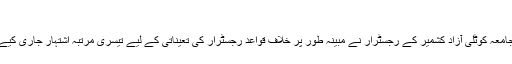
فہیم غضنفر
اسلام آباد (ورلڈ ویوز اردو/راجہ قیصر ایوب) جامعہ کوٹلی آزاد کشمیر کے رجسٹرار نے مبینہ طور پر خلاف قواعد رجسٹرار کی تعیناتی کے لیے تیسری مرتبہ اشتہار جاری کیے جانے کے معاملے پر راہ فرار اختیار کرلی ۔